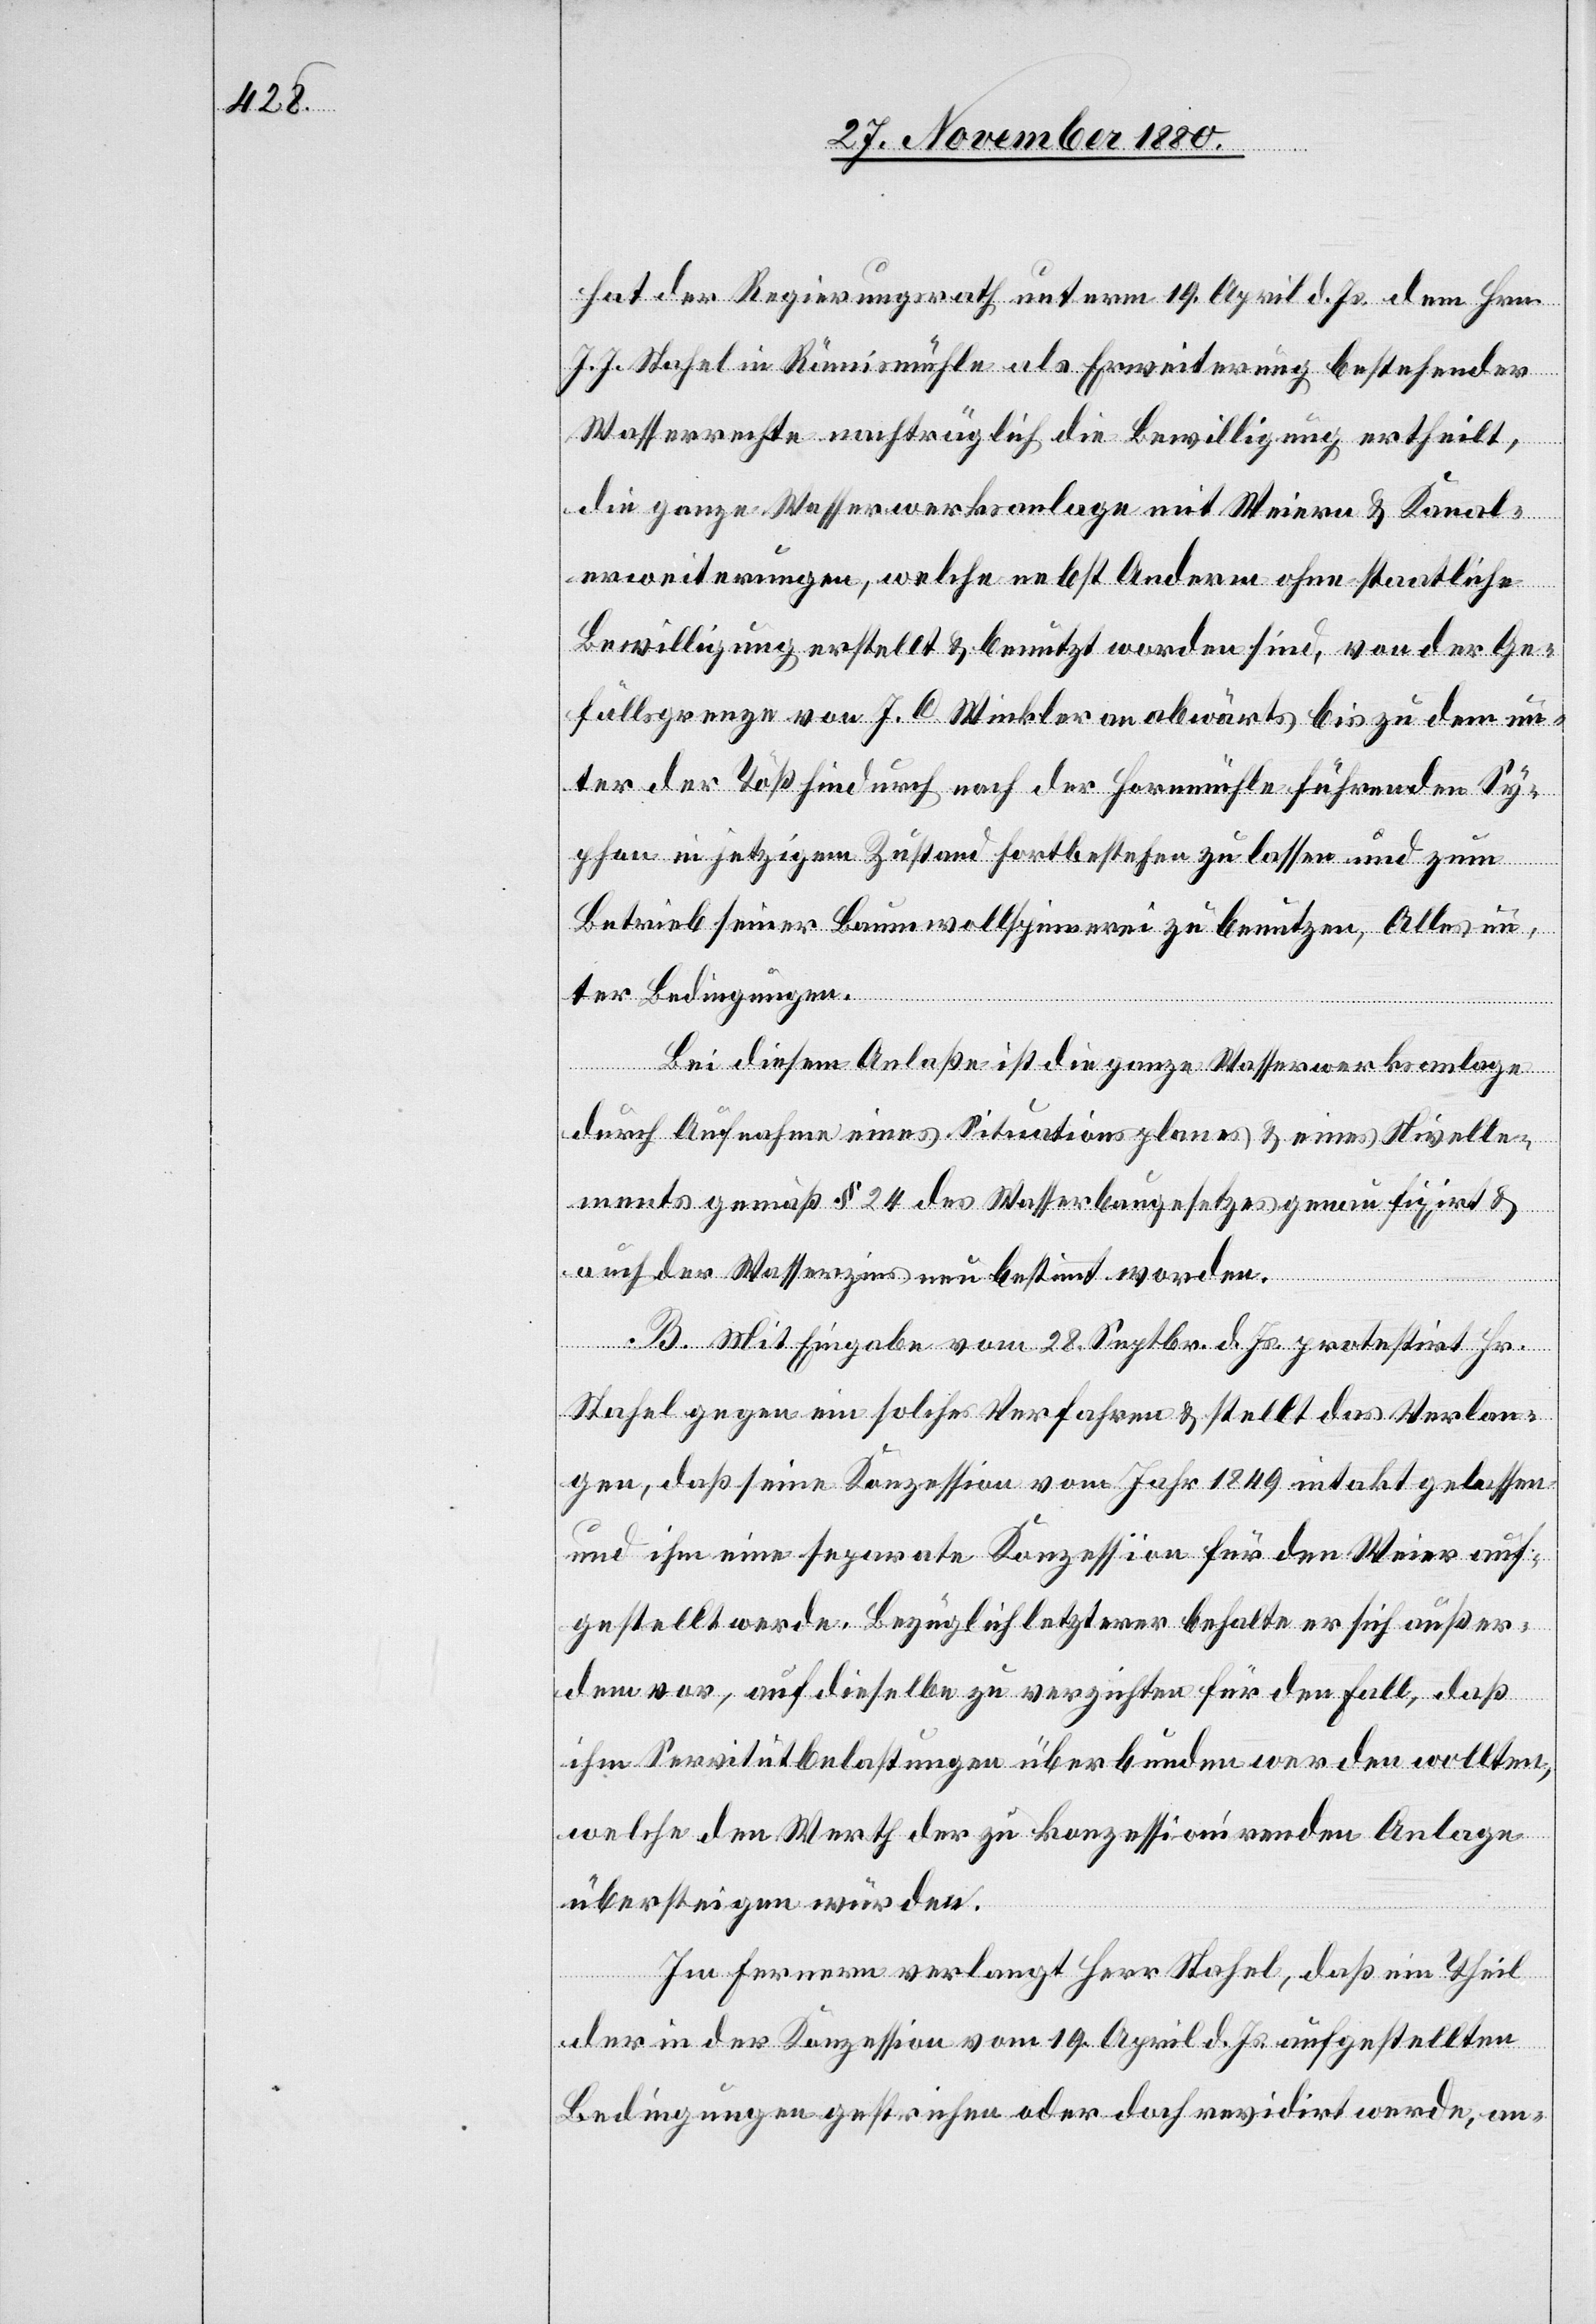
hat der Regierungsrath unterm 19. April d. Js. dem Hrn.
J. J. Stahel in Rämismühle als Erweiterung bestehendes
Wasserrechte nachträglich die Bewilligung ertheilt,
die ganze Wasserwerksanlage mit Weiern & Kanal¬
erweiterungen, welche nebst Andern ohne staatliche
Bewilligung erstellt & benutzt worden sind, von der Ge¬
fällsgrenze von J. C. Winkler an abwärts bis zu dem un¬
ter der Töß hindurch nach der Hornmühle führenden Sy¬
phon in jetzigem Zustand fortbestehen zu lassen und zum
Betrieb seiner Baumwollspinnerei zu benutzen. Alles un¬
ter Bedingungen.
Bei diesem Anlaße ist die ganze Wasserwerksanlage
durch Aufnahme eines Situationsplanes & eines Nivelle¬
ments gemäß § 24 des Wasserbaugesetzes genau fixirt &
auch der Wasserzins neu bestimmt worden.
B. Mit Eingabe vom 28. Septbr. d. Js. protestirt Hr.
Stahel gegen ein solches Verfahren & stellt das Verlan¬
gen, daß seine Konzession vom Jahr 1849 intakt gelassen
und ihm eine separate Konzession für den Weier auf¬
gestellt werde. Bezüglich letzterer behalte er sich außer¬
dem vor, auf dieselbe zu verzichten für den Fall, daß
ihm Servitutbelastungen überbunden werden wollten,
welche den Werth der zu konzessionirenden Anlage
übersteigen würden.
Im Fernern verlangt Herr Stahel, daß ein Theil
der in der Konzession vom 19. April d. Js. aufgestellten
Bedingung gestrichen oder doch revidirt werde, an-